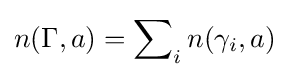
n(\Gamma ,a)=\sum \nolimits _{i}n(\gamma _{i},a)